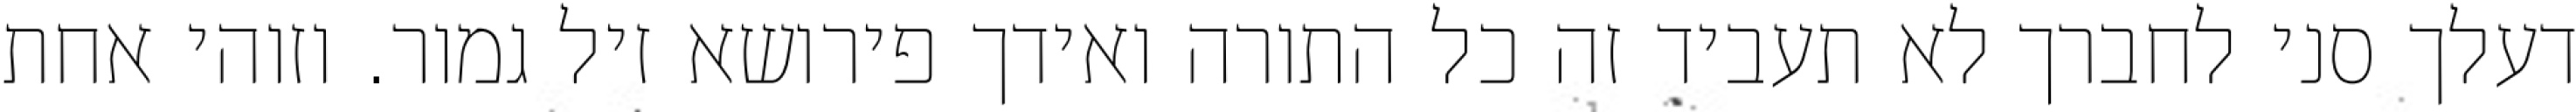
דעלך סני לחברך לא תעביד זה כל התורה ואידך פירושא זיל גמור. וזוהי אחת